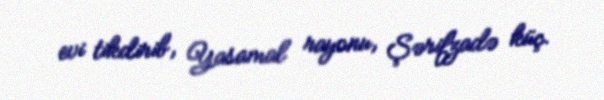
evi tikdirib, Yasamal rayonu, Şərifzadə küç.